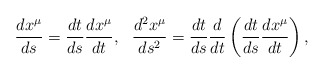
\begin{align*}\frac{dx^{\mu }}{ds} = \frac{dt}{ds} \frac{dx^{\mu }}{dt}, \, \, \, \,\frac{d^{2}x^{\mu }}{ds^{2}} = \frac{dt}{ds} \frac{d}{dt}\left( \frac{dt}{ds} \frac{dx^{\mu }}{dt} \right),\end{align*}